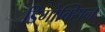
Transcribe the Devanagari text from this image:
डिगोक्सिन